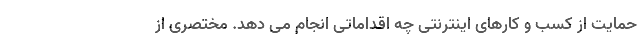
حمایت از کسب و کارهای اینترنتی چه اقداماتی انجام می دهد. مختصری از